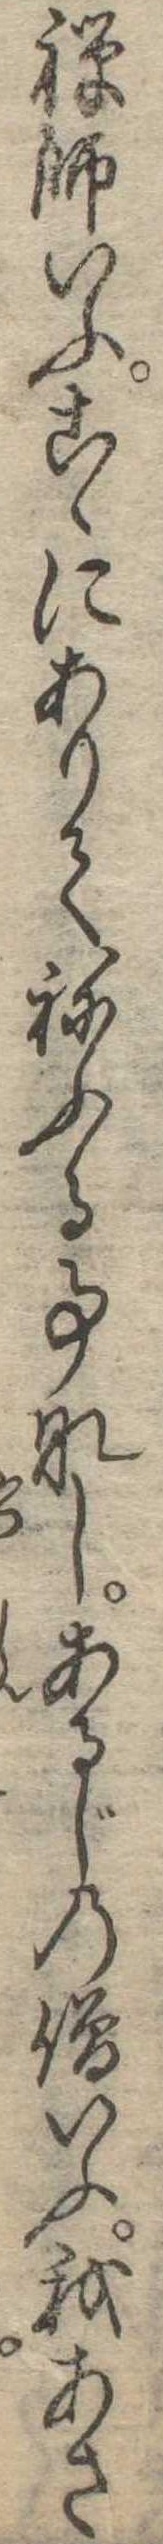
禅師いふこゝにありてねふる事なしあるじの僧いふ我あさ